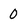
Character: 0